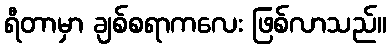
ရီတာမှာ ချစ်စရာကလေး ဖြစ်လာသည်။